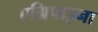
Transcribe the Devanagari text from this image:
एग्रिपाइना